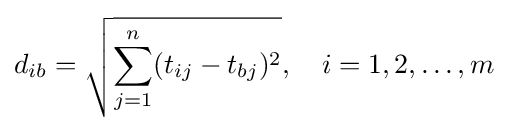
d_{ib}={\sqrt {\sum _{j=1}^{n}(t_{ij}-t_{bj})^{2}}},\quad i=1,2,\ldots ,m